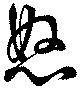
怒